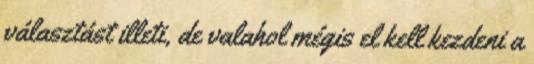
választást illeti, de valahol mégis el kell kezdeni a